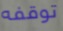
توقفه